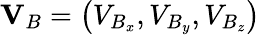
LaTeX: \mathbf{V}_{B}=\left(V_{B_{x}},V_{B_{y}},V_{B_{z}}\right)